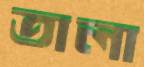
তালা